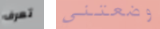
تعرف وضعتني